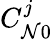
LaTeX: C_{\mathcal{N}0}^{j}